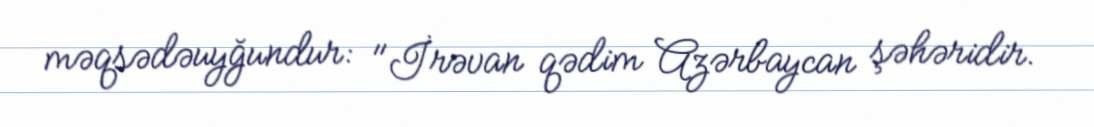
məqsədəuyğundur: "İrəvan qədim Azərbaycan şəhəridir.